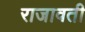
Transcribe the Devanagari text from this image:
राजावती